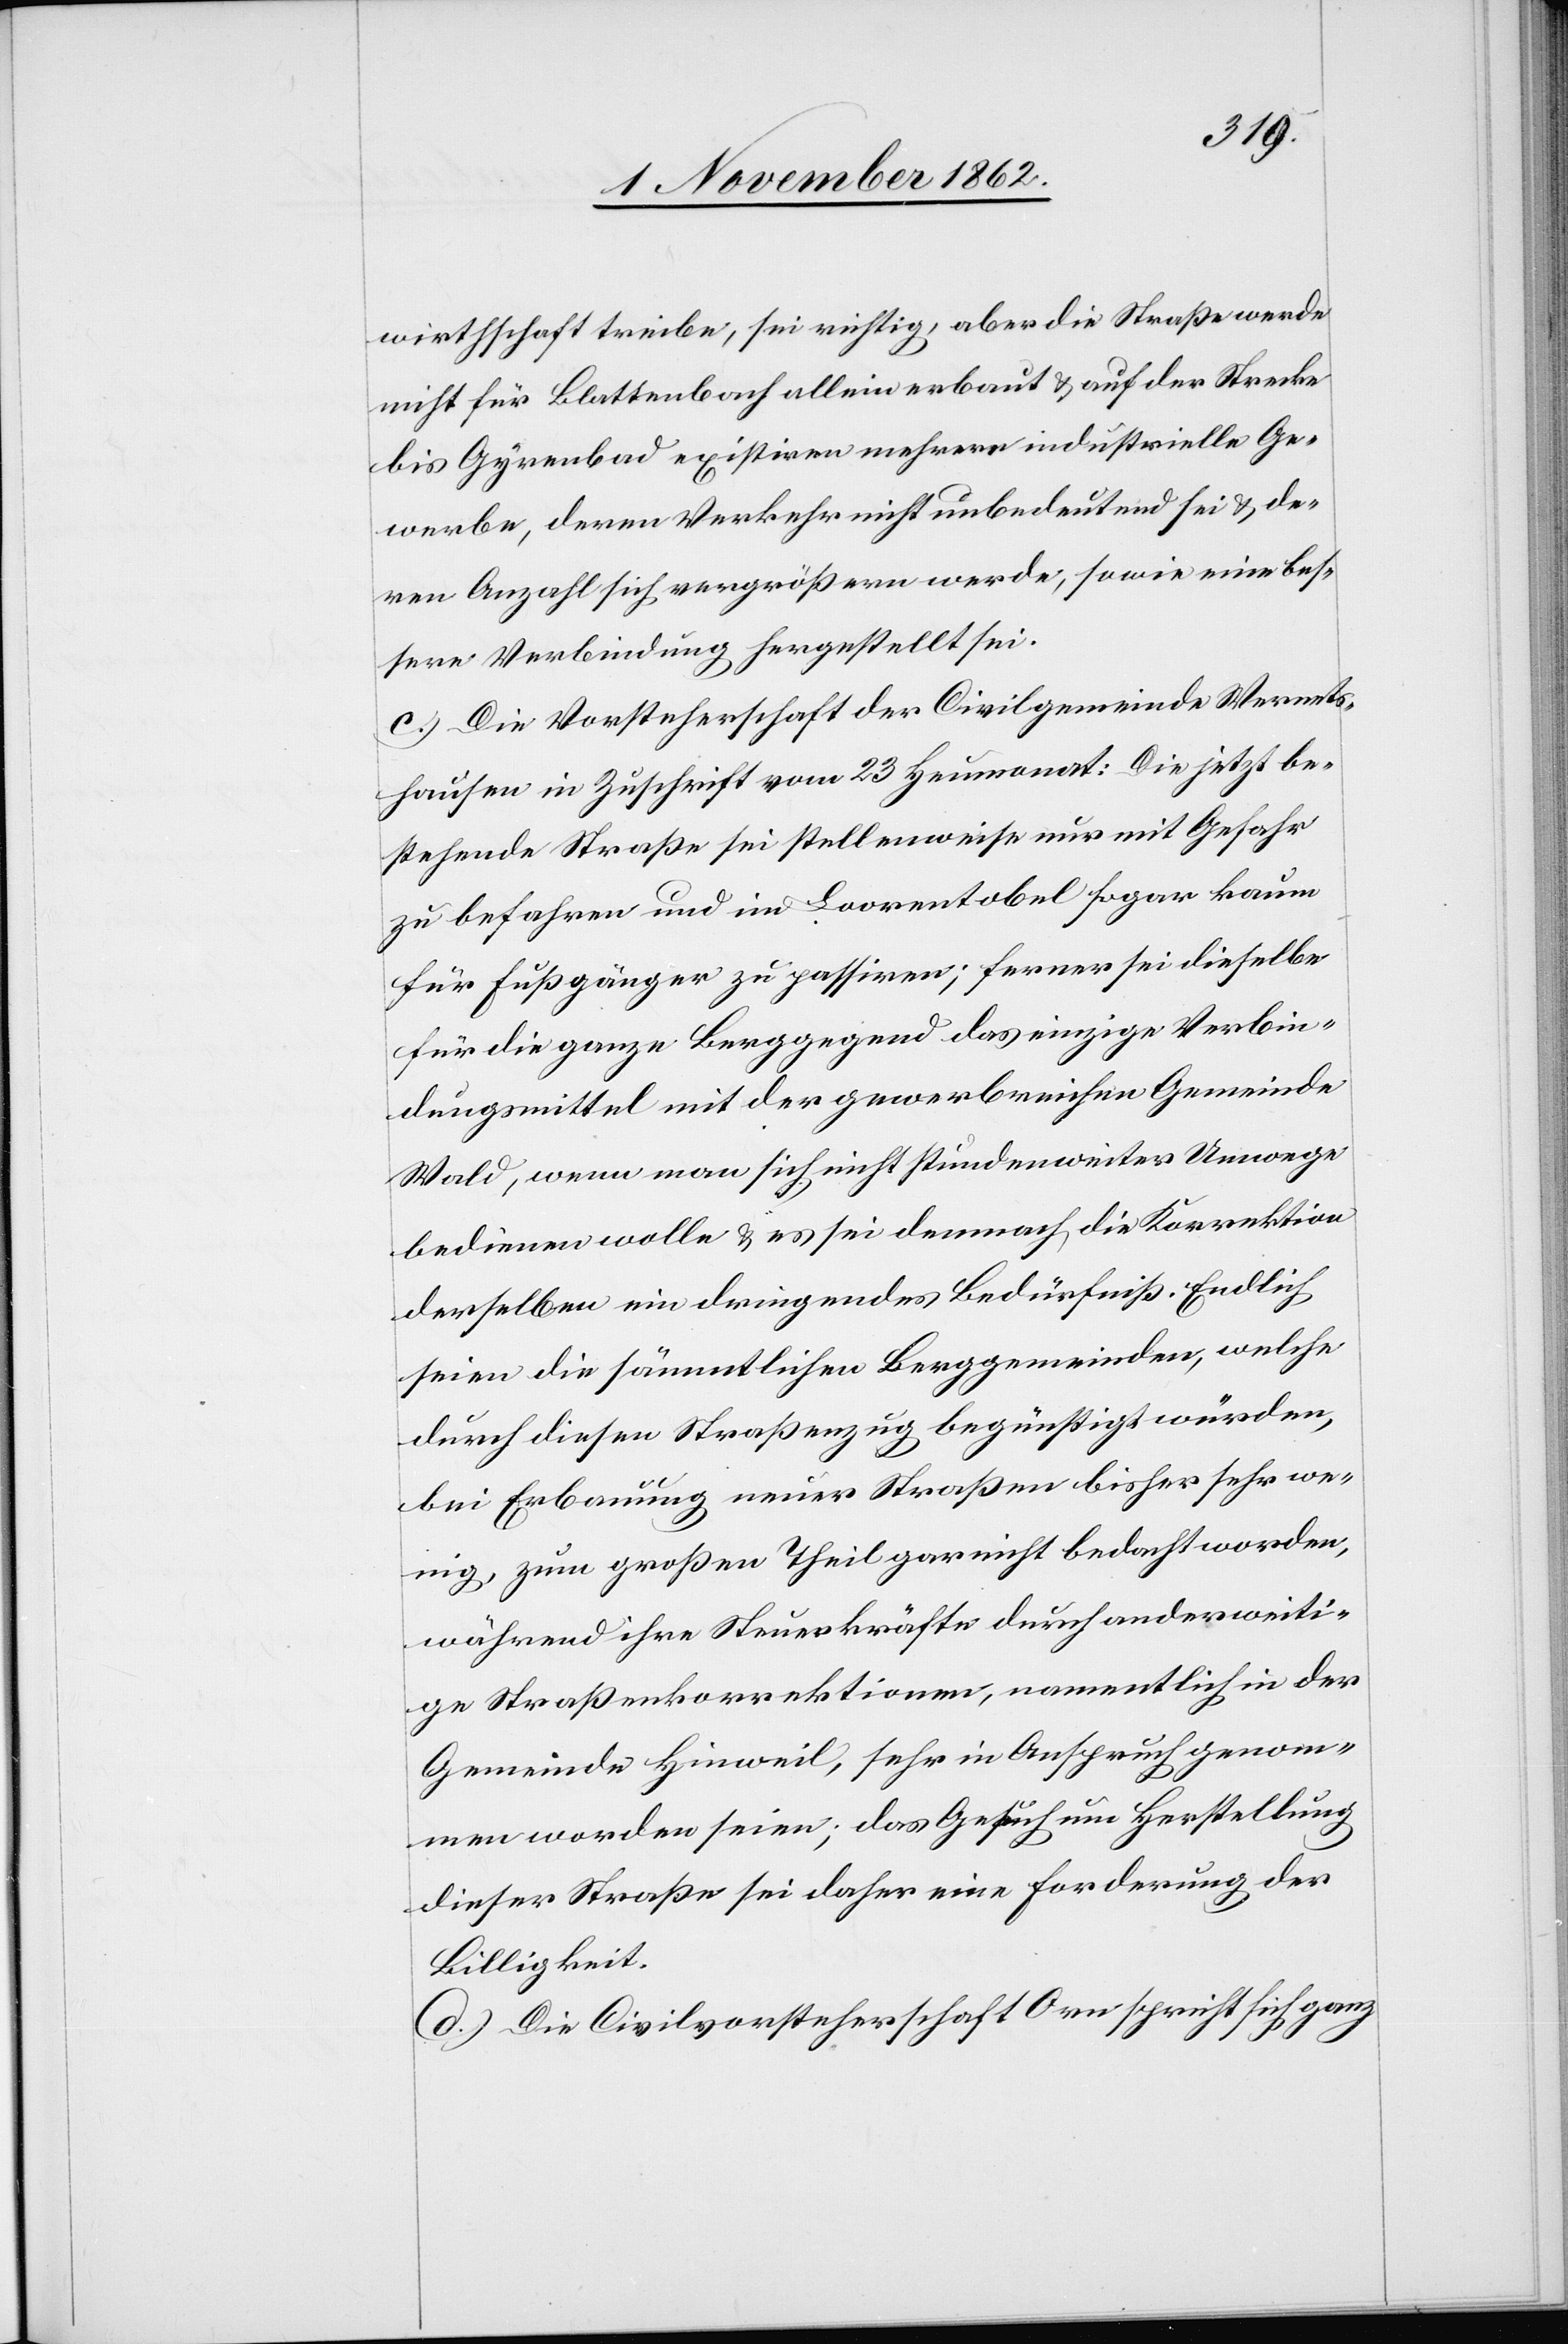
wirthschaft treibe, sei richtig, aber die Straße werde
nicht für Blattenbach allein erbaut u. auf der Strecke
bis Gyrenbad existiren mehrere industrielle Ge¬
werbe, deren Verkehr nicht unbedeutend sei u. de¬
ren Anzahl sich vergrößern werde, so wie eine bes¬
sere Verbindung hergestellt sei.
c) Die Vorsteherschaft der Civilgemeinde Wernets¬
hausen in Zuschrift vom 23. Heumonat: Die jetzt be¬
stehende Straße sei stellenweise nur mit Gefahr
zu befahren und im Loorentobel sogar kaum
für Fußgänger zu passiren; ferner sei dieselbe
für die ganze Berggegend das einzige Verbin¬
dungsmittel mit der gewerbreichen Gemeinde
Wald, wenn man sich nicht stundenweiter Umwege
bedienen wolle u. es sei demnach die Korrektion
derselben ein dringendes Bedürfniß. Endlich
seien die sämmtlichen Berggemeinden, welche
durch diesen Straßenzug begünstigt würden,
bei Erbauung neuer Straßen bisher sehr we¬
nig, zum großen Theil gar nicht bedacht worden,
während ihre Steuerkräfte durch anderweiti¬
ge Straßenkorrektionen, namentlich in der
Gemeinde Hinweil, sehr in Anspruch genom¬
men worden seien; das Gesuch um Herstellung
dieser Straße sei daher eine Forderung der
Billigkeit.
d) Die Civilvorsteherschaft Orm spricht sich ganz